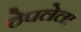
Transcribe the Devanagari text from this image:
ठेपलेला